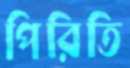
পিরিতি